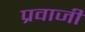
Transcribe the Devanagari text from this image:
प्रवाजी